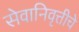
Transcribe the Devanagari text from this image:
सेवानिवृत्तीचे